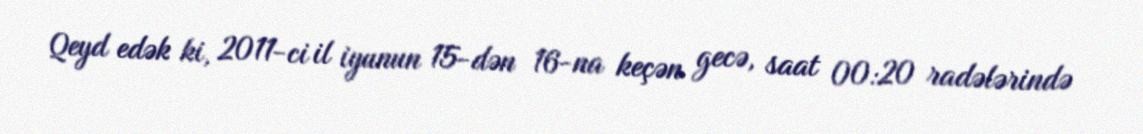
Qeyd edək ki, 2011-ci il iyunun 15-dən 16-na keçən gecə, saat 00:20 radələrində